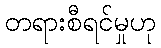
တရားစီရင်မှုဟု